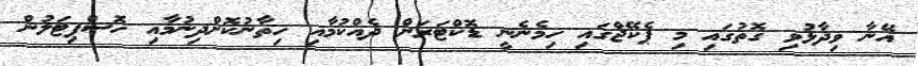
އޭނާ ވިދާޅުވި ގޮތުގައި މި ޕެކޭޖްގައި ހިމެނެނީ ޑޮކްޓަރަށް ދެއްކުމާއި ހިތާނުކޮށްދިނުމާއި ހޮސްޕިޓަލުން